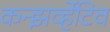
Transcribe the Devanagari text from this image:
कन्झर्व्हेटिव